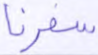
سفرنا